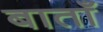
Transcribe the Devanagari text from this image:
बाताँ